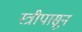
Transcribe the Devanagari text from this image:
स्त्रीपासून